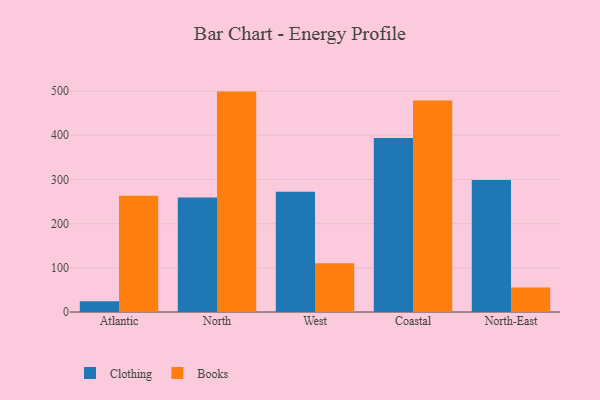
{"axis": {"x": "Region", "y": "Demand Index"}, "legend": ["Books", "Clothing"], "data": [{"x": "Atlantic", "y": 24.1, "type": "Clothing"}, {"x": "Atlantic", "y": 263.1, "type": "Books"}, {"x": "North", "y": 259.2, "type": "Clothing"}, {"x": "North", "y": 498.9, "type": "Books"}, {"x": "West", "y": 272.4, "type": "Clothing"}, {"x": "West", "y": 110.2, "type": "Books"}, {"x": "Coastal", "y": 393.9, "type": "Clothing"}, {"x": "Coastal", "y": 478.6, "type": "Books"}, {"x": "North-East", "y": 298.9, "type": "Clothing"}, {"x": "North-East", "y": 55.6, "type": "Books"}]}